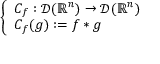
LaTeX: \left\{ \begin{array} { l l } { C _ { f } : { \mathcal { D } } ( \mathbb { R } ^ { n } ) \to { \mathcal { D } } ( \mathbb { R } ^ { n } ) } \\ { C _ { f } ( g ) : = f \ast g } \end{array} \right.